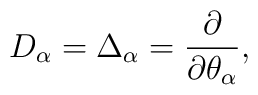
D_{\alpha} = \Delta_{\alpha} = \frac{\partial}{\partial \theta_{\alpha}},